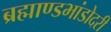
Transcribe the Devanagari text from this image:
ब्रह्माण्डभांडोदरी